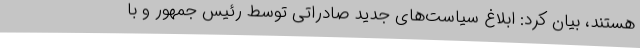
هستند، بیان کرد: ابلاغ سیاست‌های جدید صادراتی توسط رئیس‌ جمهور و با